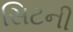
સિટની